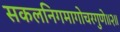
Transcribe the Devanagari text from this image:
सकलनिगमागोचरगुणे॥२॥